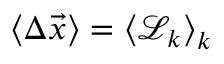
\langle \Delta \vec { x } \rangle = \left\langle \mathcal { L } _ { k } \right\rangle _ { k }